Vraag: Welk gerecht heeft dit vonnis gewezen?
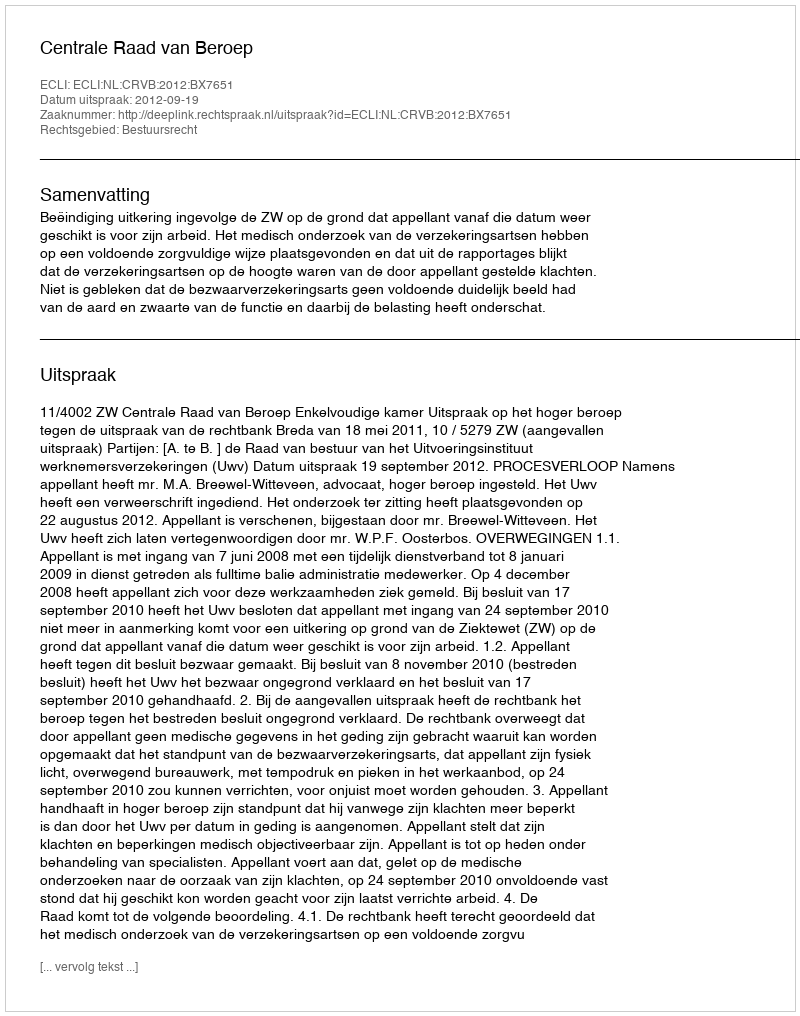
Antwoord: Centrale Raad van Beroep